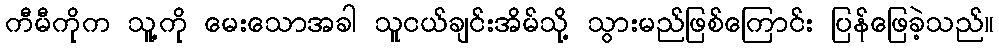
ကီမီကိုက သူ့ကို မေးသောအခါ သူငယ်ချင်းအိမ်သို့ သွားမည်ဖြစ်ကြောင်း ပြန်ဖြေခဲ့သည်။